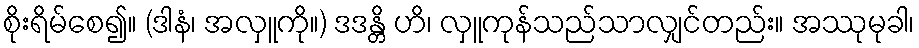
စိုးရိမ်စေ၍။ (ဒါနံ၊ အလှူကို။) ဒဒန္တိ ဟိ၊ လှူကုန်သည်သာလျှင်တည်း။ အဿုမုခါ၊